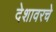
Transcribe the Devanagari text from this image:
देशावरचे